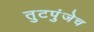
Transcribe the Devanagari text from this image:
तुटपुंजेच